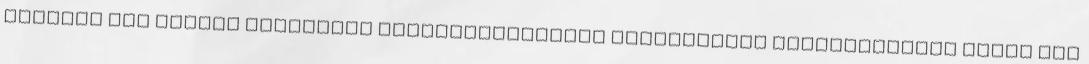
csendes kis zugban Leginkább szépségápolással kapcsolatos bejegyzésekre fogsz itt